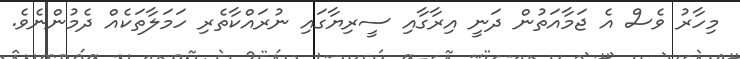
މިހާރު ވެސް އެ ޖަމާއަތުން ދަނީ އިރާގާއި ސީރިޔާގައި ނުރައްކާތެރި ހަމަލާތަކެއް ދެމުންނެވެ.